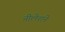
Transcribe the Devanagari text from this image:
नीलेशने